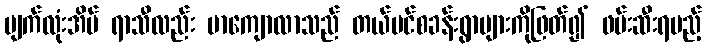
မျက်လုံးအိမ် ရာသီလည်း မာကျောလာသည် တယ်ပင်စခန်းရွာများကိုဖြတ်၍ ဖမ်းဆီးရမည့်